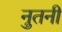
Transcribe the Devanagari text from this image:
नुतनी